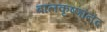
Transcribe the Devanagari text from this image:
बालकृष्णानंद